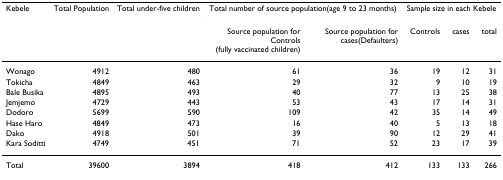
<table><thead><tr><td><b>Kebele</b></td><td><b>Total Population</b></td><td><b>Total under-five children</b></td><td colspan="2"><b>Total number of source population(age 9 to 23 months)</b></td><td colspan="3"><b>Sample size in each Kebele</b></td></tr><tr><td></td><td></td><td></td><td><b>Source population for Controls (fully vaccinated children)</b></td><td><b>Source population for cases(Defaulters)</b></td><td><b>Controls</b></td><td><b>cases</b></td><td><b>total</b></td></tr></thead><tbody><tr><td>Wonago</td><td>4912</td><td>480</td><td>61</td><td>36</td><td>19</td><td>12</td><td>31</td></tr><tr><td>Tokicha</td><td>4849</td><td>463</td><td>29</td><td>32</td><td>9</td><td>10</td><td>19</td></tr><tr><td>Bale Busika</td><td>4895</td><td>493</td><td>40</td><td>77</td><td>13</td><td>25</td><td>38</td></tr><tr><td>Jemjemo</td><td>4729</td><td>443</td><td>53</td><td>43</td><td>17</td><td>14</td><td>31</td></tr><tr><td>Dodoro</td><td>5699</td><td>590</td><td>109</td><td>42</td><td>35</td><td>14</td><td>49</td></tr><tr><td>Hase Haro</td><td>4849</td><td>473</td><td>16</td><td>40</td><td>5</td><td>13</td><td>18</td></tr><tr><td>Dako</td><td>4918</td><td>501</td><td>39</td><td>90</td><td>12</td><td>29</td><td>41</td></tr><tr><td>Kara Soditti</td><td>4749</td><td>451</td><td>71</td><td>52</td><td>23</td><td>17</td><td>39</td></tr><tr><td>Total</td><td>39600</td><td>3894</td><td>418</td><td>412</td><td>133</td><td>133</td><td>266</td></tr></tbody></table>